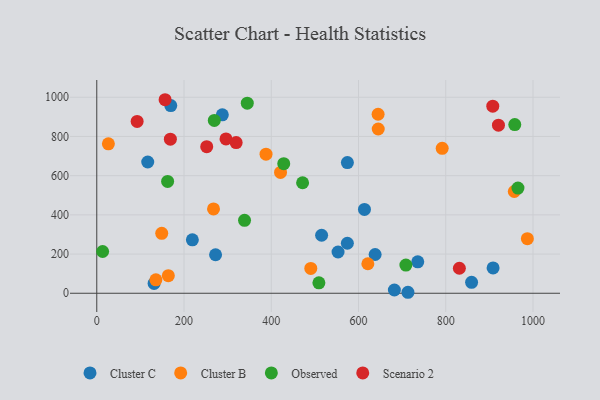
{"axis": {"x": "Investment", "y": "Exam Score"}, "legend": ["Cluster B", "Cluster C", "Observed", "Scenario 2"], "data": [{"x": "515.4", "y": 295.9, "type": "Cluster C"}, {"x": "574.5", "y": 666.8, "type": "Cluster C"}, {"x": "169.6", "y": 957.5, "type": "Cluster C"}, {"x": "116.8", "y": 669.6, "type": "Cluster C"}, {"x": "219.1", "y": 272.5, "type": "Cluster C"}, {"x": "682.2", "y": 16.6, "type": "Cluster C"}, {"x": "272.3", "y": 196.5, "type": "Cluster C"}, {"x": "735.8", "y": 160.5, "type": "Cluster C"}, {"x": "859.2", "y": 55.8, "type": "Cluster C"}, {"x": "553.1", "y": 210.5, "type": "Cluster C"}, {"x": "131.4", "y": 49.9, "type": "Cluster C"}, {"x": "613.6", "y": 427.7, "type": "Cluster C"}, {"x": "713.3", "y": 5.0, "type": "Cluster C"}, {"x": "574.4", "y": 255.2, "type": "Cluster C"}, {"x": "908.5", "y": 129.4, "type": "Cluster C"}, {"x": "287.8", "y": 910.3, "type": "Cluster C"}, {"x": "638.1", "y": 197.8, "type": "Cluster C"}, {"x": "957.1", "y": 519.1, "type": "Cluster B"}, {"x": "267.6", "y": 430.3, "type": "Cluster B"}, {"x": "148.9", "y": 306.0, "type": "Cluster B"}, {"x": "421.2", "y": 616.7, "type": "Cluster B"}, {"x": "26.6", "y": 762.6, "type": "Cluster B"}, {"x": "791.8", "y": 739.4, "type": "Cluster B"}, {"x": "621.4", "y": 150.6, "type": "Cluster B"}, {"x": "388.0", "y": 709.8, "type": "Cluster B"}, {"x": "164.0", "y": 89.7, "type": "Cluster B"}, {"x": "135.5", "y": 68.4, "type": "Cluster B"}, {"x": "490.6", "y": 126.6, "type": "Cluster B"}, {"x": "644.9", "y": 913.3, "type": "Cluster B"}, {"x": "987.1", "y": 278.5, "type": "Cluster B"}, {"x": "645.2", "y": 838.0, "type": "Cluster B"}, {"x": "965.5", "y": 536.8, "type": "Observed"}, {"x": "338.7", "y": 372.0, "type": "Observed"}, {"x": "13.4", "y": 213.0, "type": "Observed"}, {"x": "509.2", "y": 53.4, "type": "Observed"}, {"x": "958.2", "y": 860.8, "type": "Observed"}, {"x": "269.4", "y": 881.9, "type": "Observed"}, {"x": "708.6", "y": 143.9, "type": "Observed"}, {"x": "162.4", "y": 570.6, "type": "Observed"}, {"x": "471.8", "y": 563.7, "type": "Observed"}, {"x": "428.6", "y": 661.3, "type": "Observed"}, {"x": "345.0", "y": 969.8, "type": "Observed"}, {"x": "920.8", "y": 857.8, "type": "Scenario 2"}, {"x": "831.2", "y": 127.7, "type": "Scenario 2"}, {"x": "252.0", "y": 748.0, "type": "Scenario 2"}, {"x": "907.8", "y": 954.6, "type": "Scenario 2"}, {"x": "92.5", "y": 876.8, "type": "Scenario 2"}, {"x": "296.2", "y": 787.6, "type": "Scenario 2"}, {"x": "156.6", "y": 987.4, "type": "Scenario 2"}, {"x": "168.7", "y": 786.3, "type": "Scenario 2"}, {"x": "319.5", "y": 768.8, "type": "Scenario 2"}]}